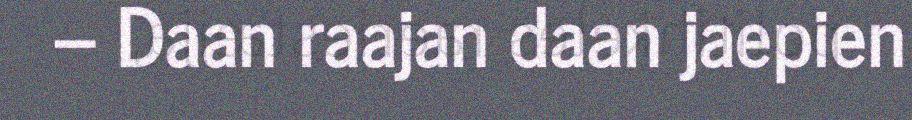
– Daan raajan daan jaepien